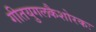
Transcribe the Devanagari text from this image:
गीतयुगलकैशोरकः